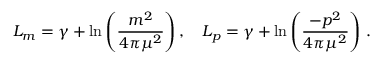
L _ { m } = \gamma + \ln \left( \frac { m ^ { 2 } } { 4 \pi \mu ^ { 2 } } \right) , \, \, \, \, \, \, L _ { p } = \gamma + \ln \left( \frac { - p ^ { 2 } } { 4 \pi \mu ^ { 2 } } \right) \, .